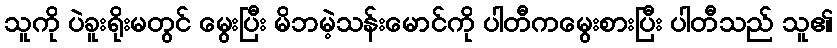
သူကို ပဲခူးရိုးမတွင် မွေးပြီး မိဘမဲ့သန်းမောင်ကို ပါတီကမွေးစားပြီး ပါတီသည် သူ၏